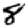
Digit: 8